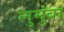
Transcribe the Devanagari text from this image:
लुमुंबा